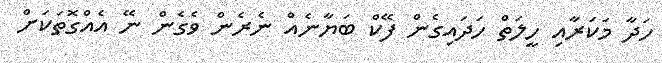
ހަދާ މަކަރާއި ހީލަތް ހަދައިގެން ފޭކް ބަޔާނެއް ނެރެން ވެގެން ނޭ އެެއްގޮތަކަށް